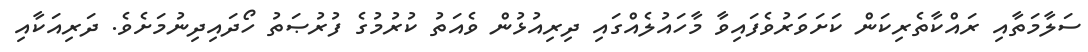
ސަލާމަތާއި ރައްކާތެރިކަން ކަށަވަރުވެފައިވާ މާހައުލެއްގައި ދިރިއުޅުން ވެއަތު ކުރުމުގެ ފުރުޞަތު ހޯދައިދިނުމަށެވެ. ދަރިއަކާއި